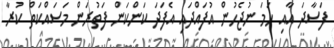
ފަސާދަ އާއި ހަމަ ނުޖެހުން އުފައްދައި އެފަދަ ކަންކަން ފަތުރަން މަސައްކަތް ކުރާ